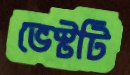
ভেস্টটি